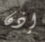
إذن